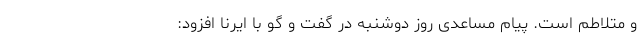
و متلاطم است. پیام مساعدی روز دوشنبه در گفت و گو با ایرنا افزود: